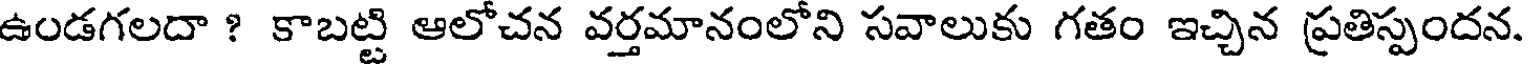
ఉండగలదా ? కాబట్టి ఆలోచన వర్తమానంలోని సవాలుకు గతం ఇచ్చిన ప్రతిస్పందన.